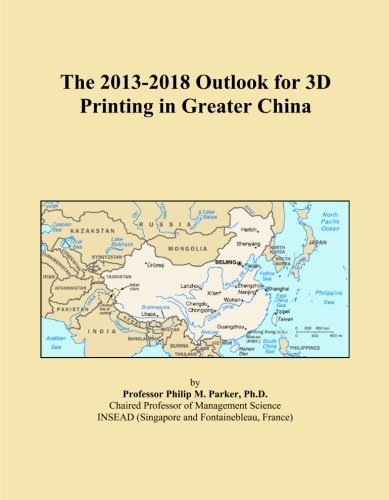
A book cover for The 2013-2018 Outlook for 3D Printing in Greater China; Icon Group International; Computers & Technology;